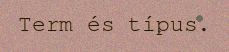
Term és típus.